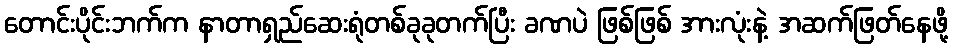
တောင်းပိုင်းဘက်က နာတာရှည်ဆေးရုံတစ်ခုခုတက်ပြီး ခဏပဲ ဖြစ်ဖြစ် အားလုံးနဲ့ အဆက်ဖြတ်နေဖို့